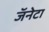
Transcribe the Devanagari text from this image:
जॅनेटा